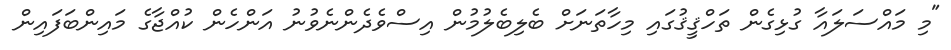
"މި މައްސަލައާ ގުޅިގެން ތަހްޤީޤުގައި މިހާތަނަށް ބެލިބެލުމުން އިސްވެދެންނެވުނު އަންހެން ކުއްޖާގެ މައިންބަފައިން